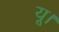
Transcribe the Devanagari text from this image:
यू।